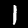
Digit: 1